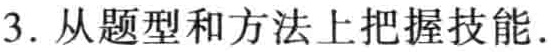
3. 从题型和方法上把握技能.